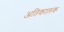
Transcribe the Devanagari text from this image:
अतिकालक